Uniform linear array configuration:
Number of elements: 12
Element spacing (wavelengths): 0.25
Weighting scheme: binomial
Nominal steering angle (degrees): -15
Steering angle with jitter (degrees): -14.761
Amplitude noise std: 0.05
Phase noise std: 0.05

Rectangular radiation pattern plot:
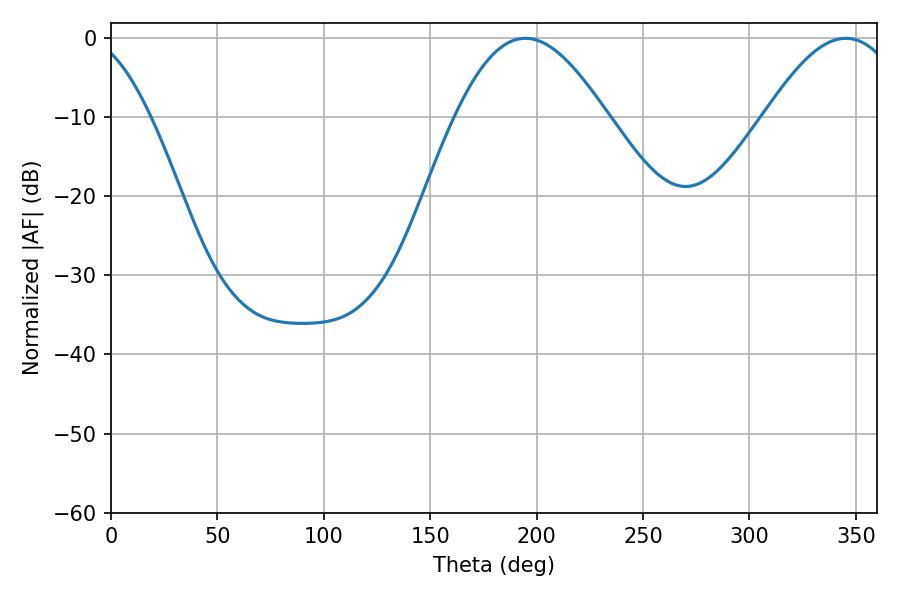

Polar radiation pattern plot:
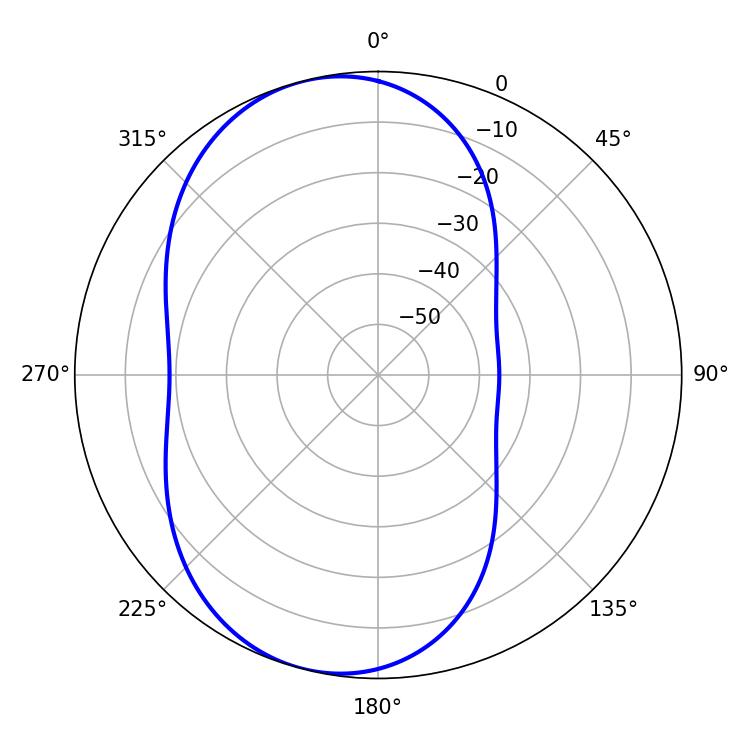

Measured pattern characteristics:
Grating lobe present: FALSE
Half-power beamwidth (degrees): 38.34
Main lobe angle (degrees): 194.76